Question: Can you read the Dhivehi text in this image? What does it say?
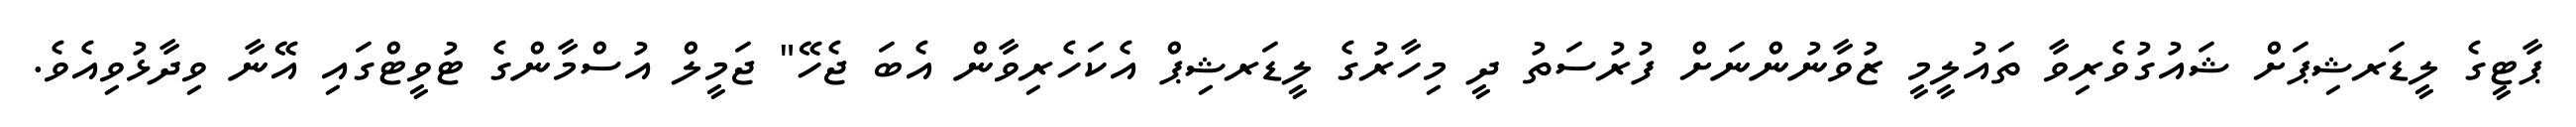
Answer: ޕާޓީގެ ލީޑަރޝިޕަށް ޝައުގުވެރިވާ ތައުލީމީ ޒުވާނުންނަށް ފުރުސަތު ދީ މިހާރުގެ ލީޑަރޝިޕް އެކަހެރިވާން އެބަ ޖެހޭ" ޖަމީލް އުސްމާންގެ ޓުވީޓްގައި އޭނާ ވިދާޅުވިއެވެ.